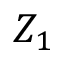
Z _ { 1 }